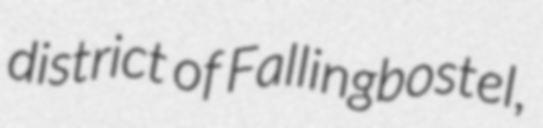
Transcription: district of Fallingbostel,